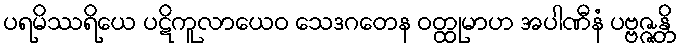
ပရမိဿရိယေ ပဋိကူလာယေဝ သေဒဂတေန ဝတ္ထုမာဟ အပါဏီနံ ပဗ္ဗဇ္ဇန္တိ